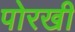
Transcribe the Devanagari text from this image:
पोरखी